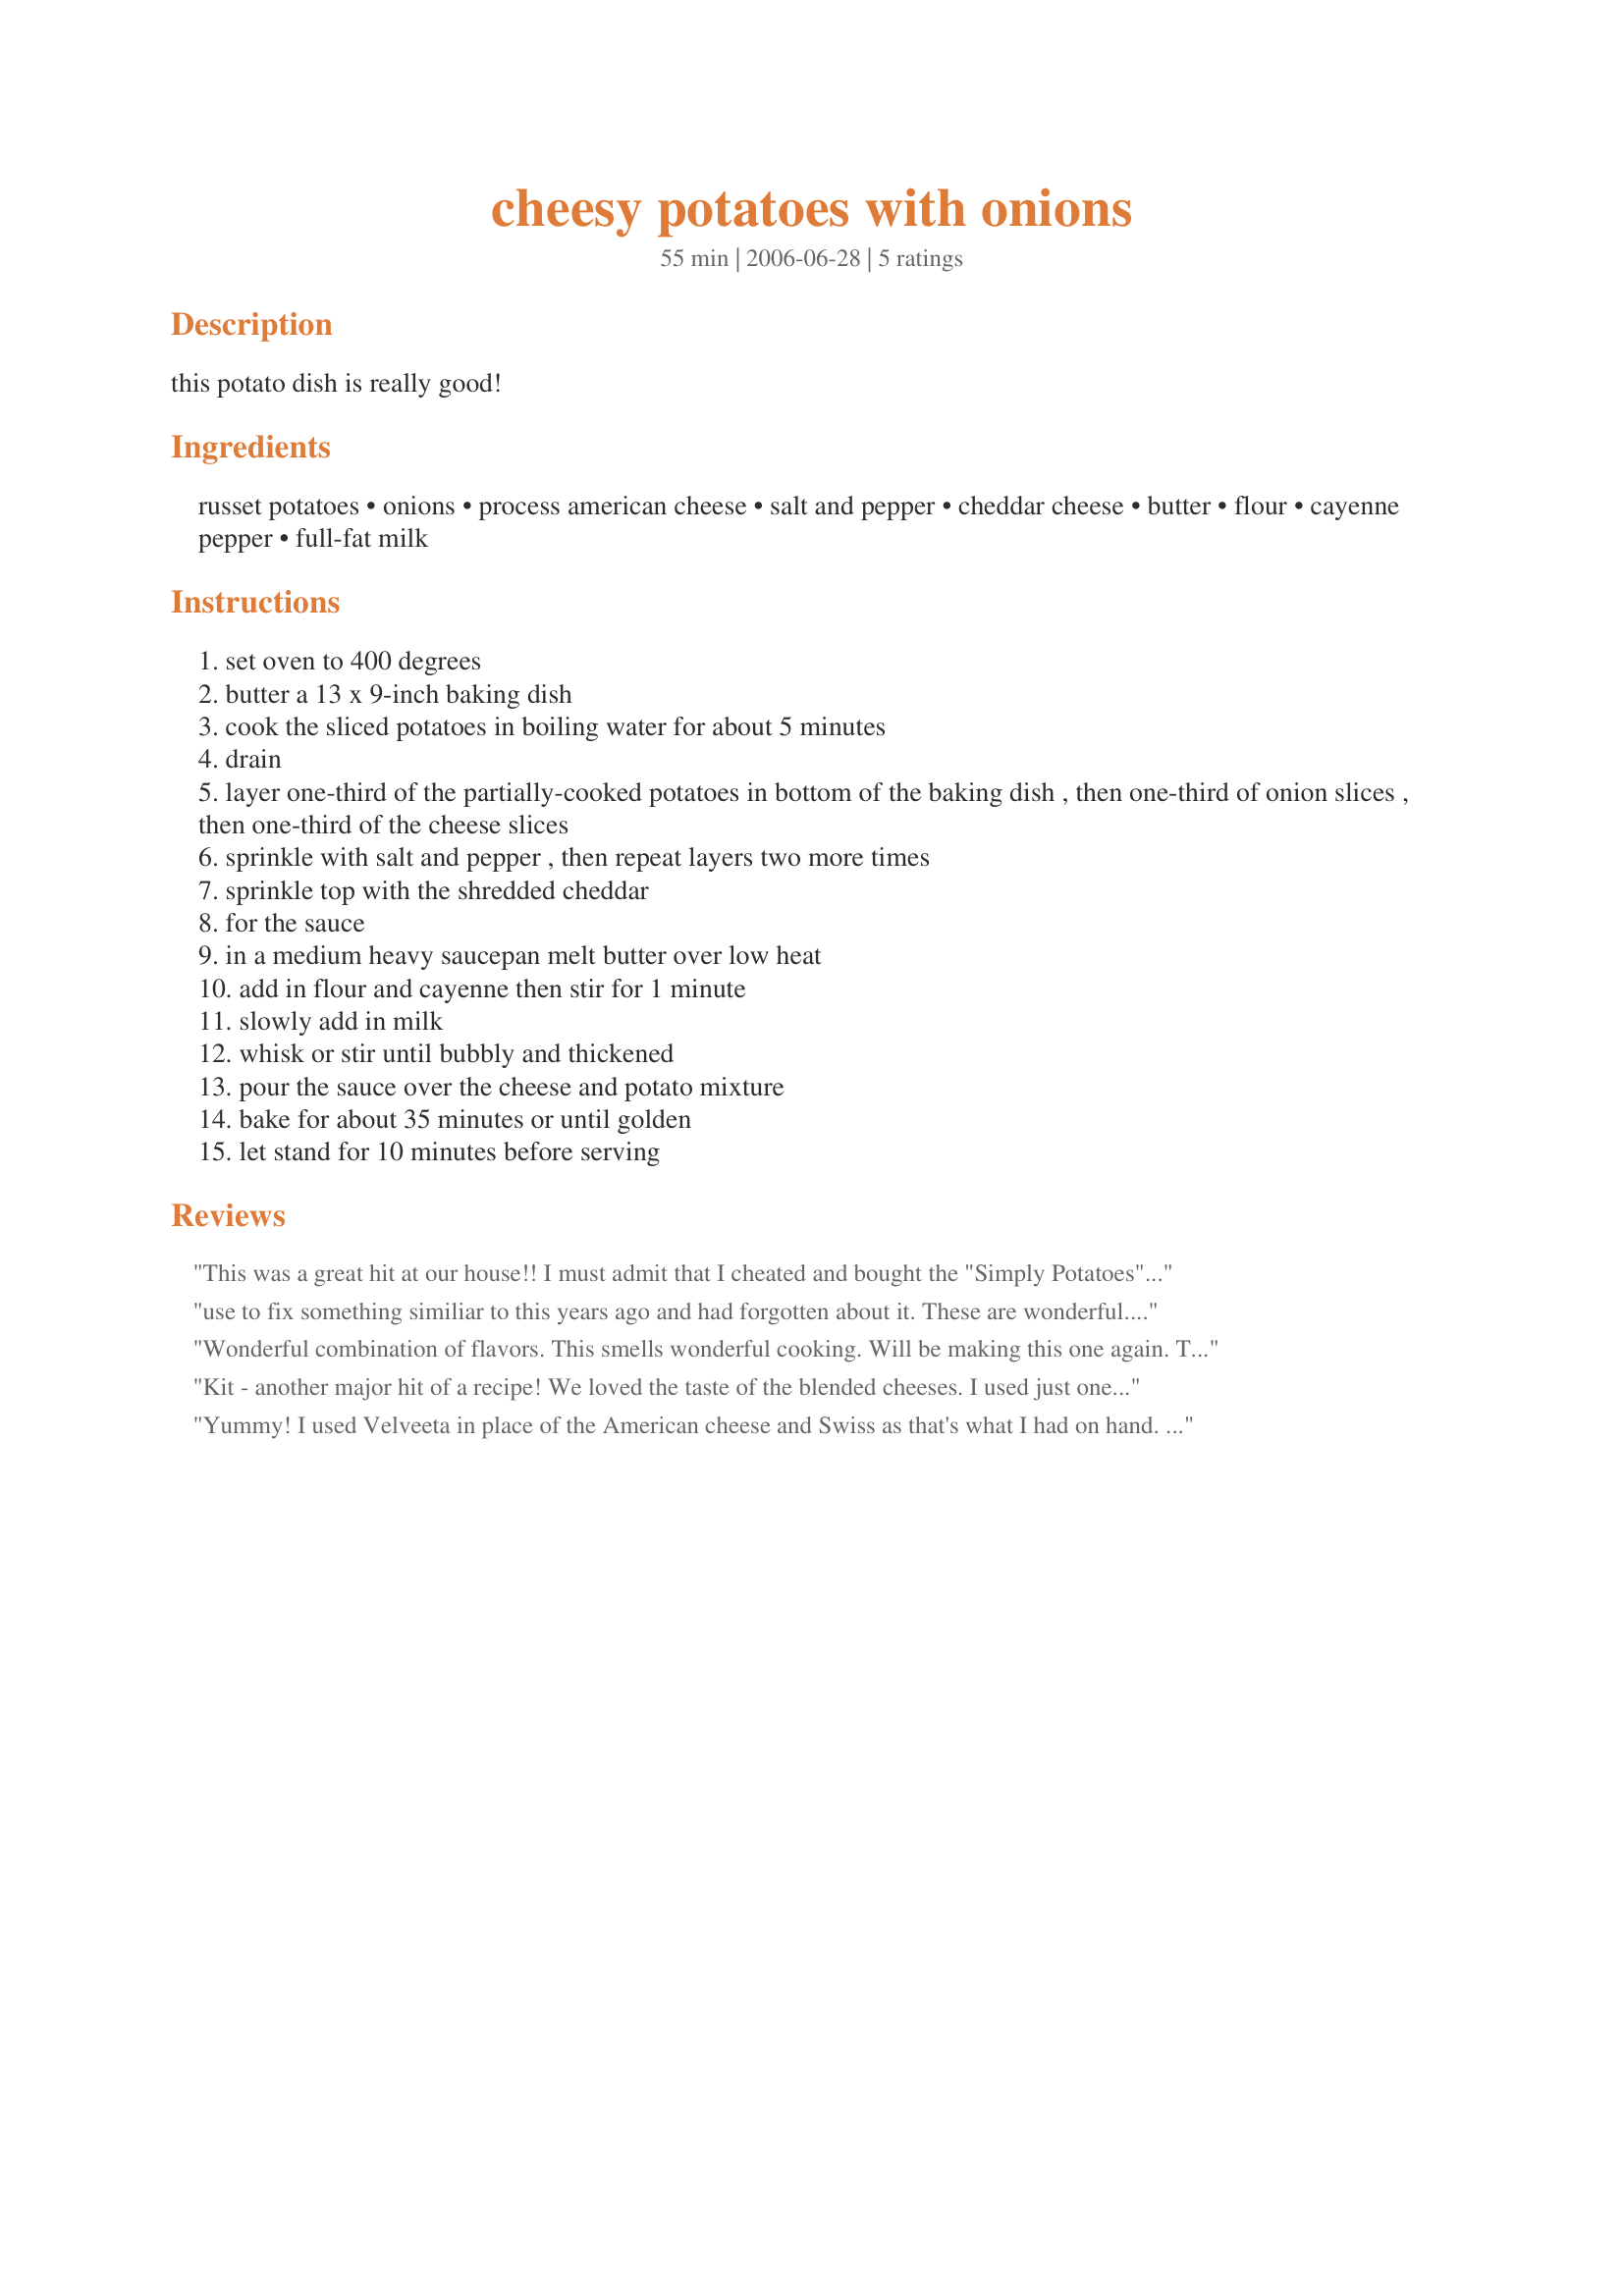
cheesy potatoes with onions
Preparation time: 55 minutes

this potato dish is really good!

Ingredients:
russet potatoes, onions, process american cheese, salt and pepper, cheddar cheese, butter, flour, cayenne pepper, full-fat milk

Steps:
set oven to 400 degrees
butter a 13 x 9-inch baking dish
cook the sliced potatoes in boiling water for about 5 minutes
drain
layer one-third of the partially-cooked potatoes in bottom of the baking dish , then one-third of onion slices , then one-third of the cheese slices
sprinkle with salt and pepper , then repeat layers two more times
sprinkle top with the shredded cheddar
for the sauce
in a medium heavy saucepan melt butter over low heat
add in flour and cayenne then stir for 1 minute
slowly add in milk
whisk or stir until bubbly and thickened
pour the sauce over the cheese and potato mixture
bake for about 35 minutes or until golden
let stand for 10 minutes before serving

Reviews:
This was a great hit at our house!! I must admit that I cheated and bought the "Simply Potatoes" in the refrigerated section, so no peeling, slicing or pre-cooking. I then followed the recipe as written but cut it in half. Thanks Kitten for another keeper. Made for 123 tag.
use to fix something similiar to this years ago and had forgotten about it. These are wonderful. Thanks for the recipe.
Wonderful combination of flavors. This smells wonderful cooking. Will be making this one again. Thanks for another great recipe.
Kit - another major hit of a recipe! We loved the taste of the blended cheeses. I used just one vidalia onion since it was pretty large and it did the trick and also used yukon gold potatoes b/c that what was left in the pantry. Great side dish for a variety of meals - I know I'll be making this often. Made for 1.2.3 Hit Wonders Apr 08
Yummy! I used Velveeta in place of the American cheese and Swiss as that's what I had on hand. Also added chopped left over ham and 1/2 c peas, and called it a meal! Thank you Kitt! Delicious! Made for KK's Recipe Tag
